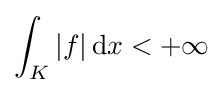
\int _{K}|f|\,\mathrm {d} x<+\infty